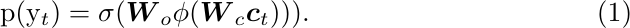
\begin{gather}
        \text{p}({\mathrm{y}}_t) = \sigma( \boldsymbol{{W}}_o \phi( \boldsymbol{{W}}_{c} \boldsymbol{{c}}_t ))).
\end{gather}